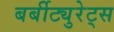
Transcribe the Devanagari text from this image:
बर्बीट्युरेट्स